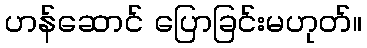
ဟန်ဆောင် ပြောခြင်းမဟုတ်။